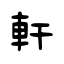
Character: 軒